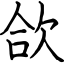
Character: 欱